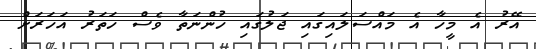
އޭރު އެ މީހާ އެ މައްސަލައިގައި ޖަލުގައި ހުންނަތާ ވެސް ހަތަރު އަހަރަށް